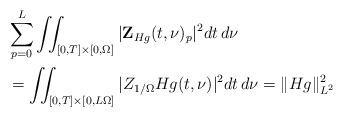
LaTeX: \begin{align*} &\sum_{p=0}^L \iint_{[0,T]{\times}[0,\Omega] } |{\bf Z}_{Hg}(t,\nu)_p|^2dt\,d\nu \\ &= \iint_{[0,T]{\times}[0,L\Omega] } |Z_{1/\Omega}Hg(t,\nu)|^2dt\,d\nu= \|Hg\|_{L^2}^2\end{align*}